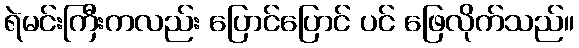
ရဲမင်းကြီးကလည်း ပြောင်ပြောင် ပင် ဖြေလိုက်သည်။